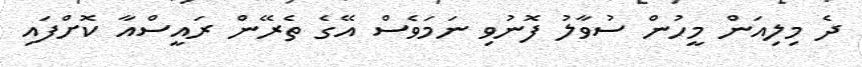
ދެ މިލިއަން މީހުން ސުވާލު ފޮނުވި ނަމަވެސް އޭގެ ތެރޭން ރައީސްއާ ކޮށްފައި